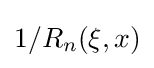
1/R_{n}(\xi ,x)